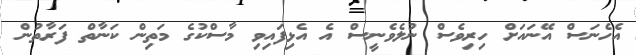
އެހެނަސް އޭނައަށް ހިރިވެސް ނުލެވެނީސް އެ އެޅިފައިވި މާސްކުގެ މަތިން ކަނާތް ފަރާތުން